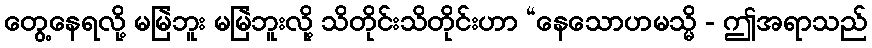
တွေ့နေရလို့ မမြဲဘူး မမြဲဘူးလို့ သိတိုင်းသိတိုင်းဟာ “နေသောဟမသ္မိ - ဤအရာသည်